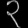
Digit: ၃